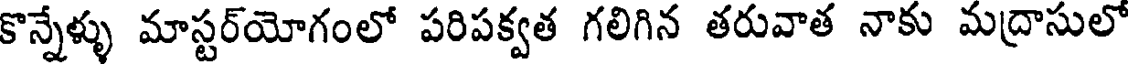
కొన్నేళ్ళు మాస్టర్యోగంలో పరిపక్వత గలిగిన తరువాత నాకు మద్రాసులో